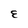
Character: E